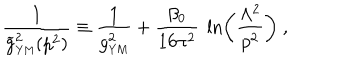
{ \frac { 1 } { { \widetilde g } _ { \mathrm { { \small Y M } } } ^ { 2 } ( p ^ { 2 } ) } } \equiv { \frac { 1 } { g _ { \mathrm { { \small Y M } } } ^ { 2 } } } + { \frac { \beta _ { 0 } } { 1 6 \pi ^ { 2 } } } ~ \ln \left( { \frac { \Lambda ^ { 2 } } { p ^ { 2 } } } \right) ~ ,